Magi,_Artur, lk 6
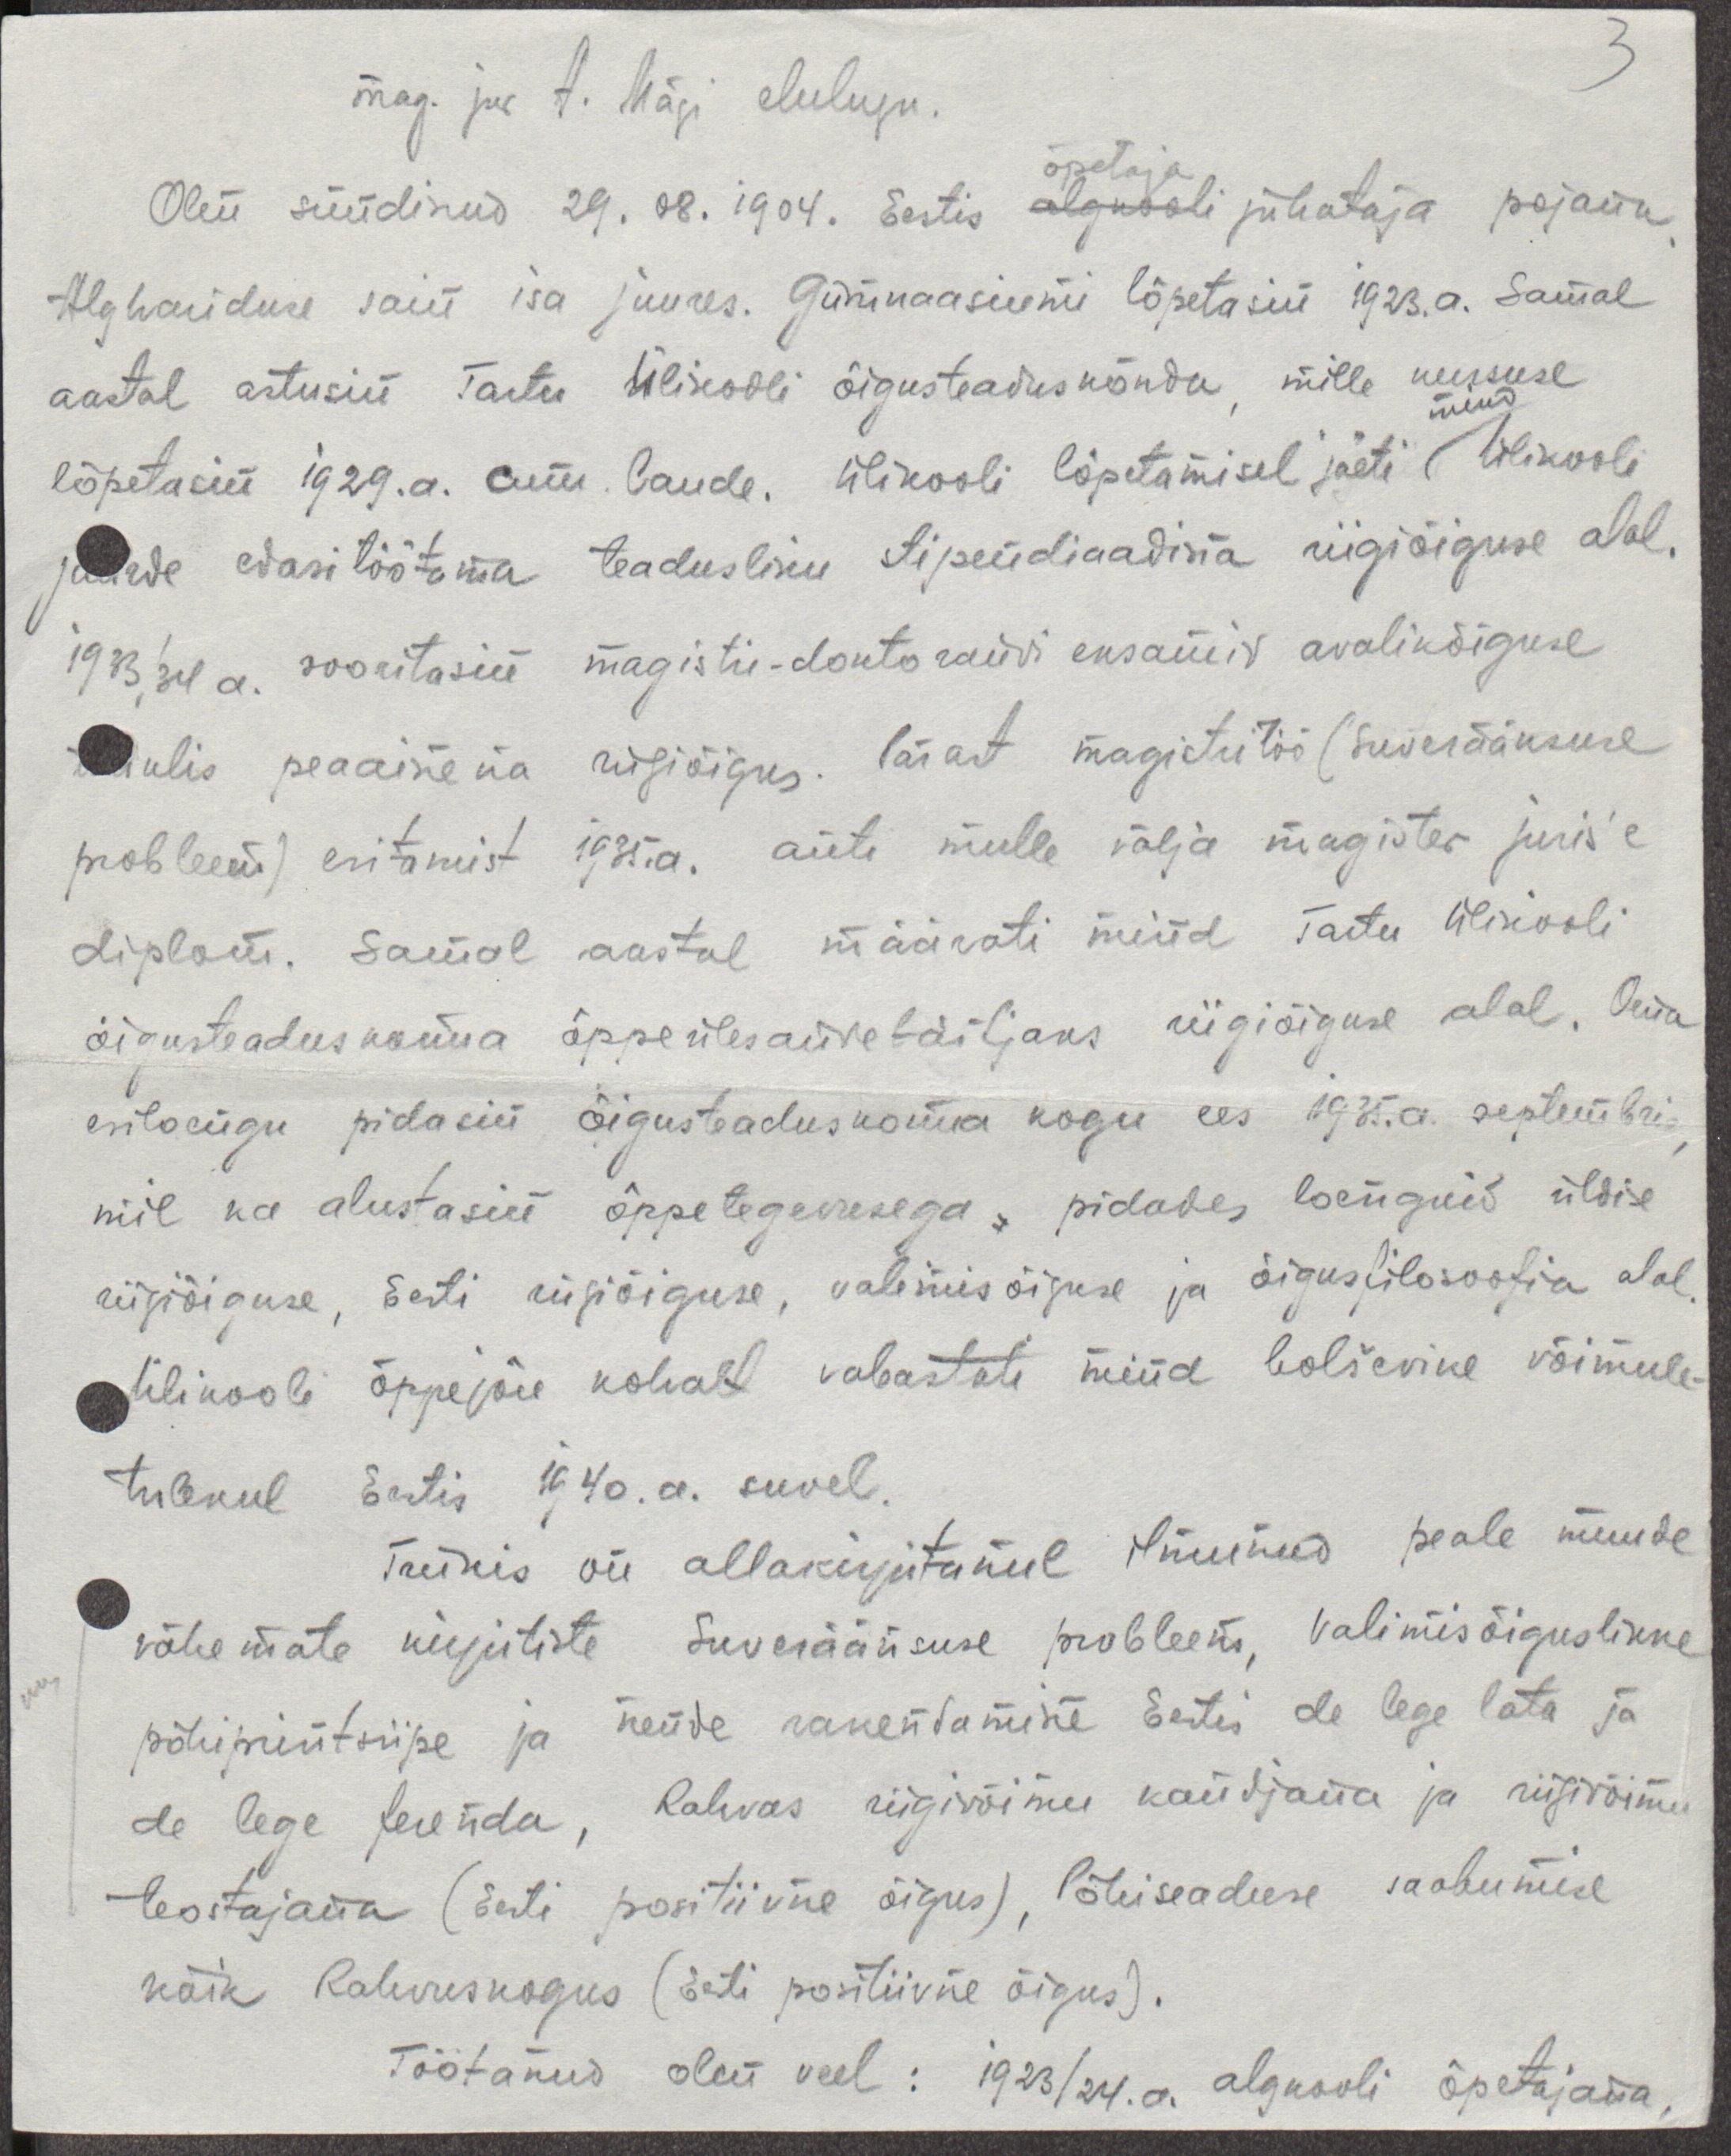
3

mag. jur A. Mägi elulugu.
Alghariduse sain isa juures. Gümnaasiumi lõpetasin 1923.a. Samal
Olen süüdinud 29.08.1904. Eestis algkooli juhataja pojana
aastal astusin Tartu Ülikooli õigusteaduskonda, mille kursuse
mind
lõpetasin 1929.a. cum laude. Ülikooli lõpetamisel jäeti ülikooli
juurde edasi töötama teadusliku tipendiaadina riigiõiguse alal,
1933/34 a sooritasin magisti-doktorandi eksamid avalikõiguse
tulis peaainena riigiõigus. Pärast magistritöö (suveräänsuse
probleemi) eritamist 1935 .a. anti mulle välja magister juris'e
diplom. Samal aastal määrati mind Tartu Ülikooli
õigusteaduskonna õppeülesandetäitjaks riigiõiguse alal. Oma
esiloengu pidasin õigusteaduskonna kogu ees 1935. a. septembris
mil ka alustasin õppetegevusega pidades loenguid üldise
riigiõiguse, Eesti riigiõiguse, valimisõiguse ja õigusfilosoofia alal
Ülikooli õppejõu kohalt vabastati mind bolševikne võimule-
tulekul Eestis 1940.a. suvel.
Trükis on allakirjutanul ilmunud peale muude
vähemate kirjutiste Suveräärisuse probleem, Valimisõiguslikke
põhiprintsiipe ja nende rakentamine Eestis de lege lata ja
de lege ferenda, Rahvas riigivõimu kandjana ja riigivõimu
teostajana (Eesti positiivne õigus), Põhiseaduse saabumise
käik Rahvuskogus (Eesti positiivne õigus).
Töötanud olen veel: 1923/24.a. algkooli õpetajana